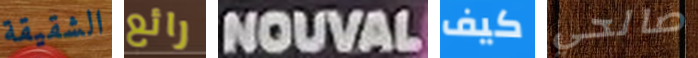
الشقيقة رائع NOUVAL كيف صالحي